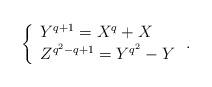
LaTeX: \begin{align*}\left\{\begin{array}{l}Y^{q+1}=X^q+X\\Z^{q^2-q+1}=Y^{q^2}-Y\\\end{array}\right..\end{align*}